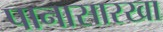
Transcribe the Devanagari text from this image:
पानासारखा